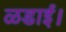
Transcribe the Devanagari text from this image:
ळडाई।